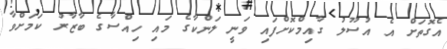
އެގޮތަށް އެ އުސޫލު ގާއިމްކޮށްފައި ވަނީ ލަންކާގެ މައި ހިއްސާގެ ބާޒާރު ކަމަށްވާ